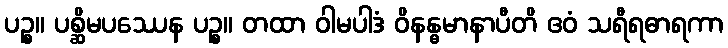
ပဉ္စ။ ပစ္ဆိမပဿေန ပဉ္စ။ တထာ ဝါမပါဒံ ဝိနန္ဓမာနာပီတိ ဧဝံ သရီရဓာရကာ